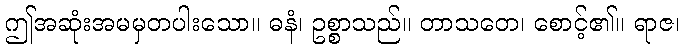
ဤအဆုံးအမမှတပါးသော။ ဓနံ၊ ဥစ္စာသည်။ တာသတေ၊ စောင့်၏။ ရာဇ၊